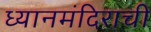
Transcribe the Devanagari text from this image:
ध्यानमंदिराची